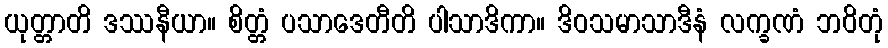
ယုတ္တာတိ ဒဿနီယာ။ စိတ္တံ ပသာဒေတီတိ ပါသာဒိကာ။ ဒိဝသမာသာဒီနံ လက္ခဏံ ဘဝိတုံ